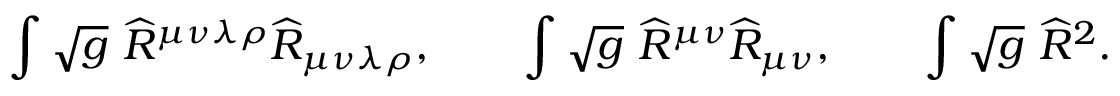
\int \sqrt { g } ~ \widehat { R } ^ { \mu \nu \lambda \rho } \widehat { R } _ { \mu \nu \lambda \rho } , \qquad \int \sqrt { g } ~ \widehat { R } ^ { \mu \nu } \widehat { R } _ { \mu \nu } , \qquad \int \sqrt { g } ~ \widehat { R } ^ { 2 } .